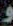
و